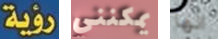
رؤية يمكنني انها